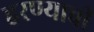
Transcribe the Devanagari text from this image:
हरण्याची